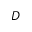
D